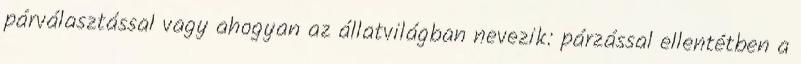
párválasztással vagy ahogyan az állatvilágban nevezik: párzással ellentétben a